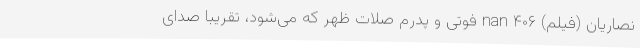
نصاریان (فیلم) nan ۴۰۶ فوتی و پدرم صلات ظهر که می‌شود، تقریباً صدای